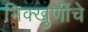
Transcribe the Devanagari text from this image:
भिक्खुणींचे